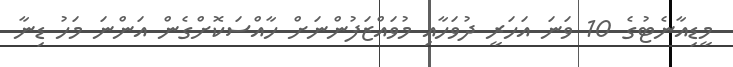
މީޑިއާނެޓުގެ 10 ވަނަ އަހަރީ ދުވަހާއި މުވައްޒަފުންނަށް ހާއްސަކޮށްގެން އަންނަ މަހު ޑިނާ